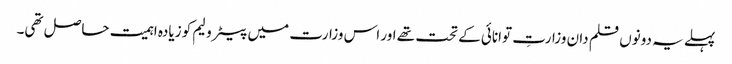
پہلے یہ دونوں قلم دان وزارتِ توانائی کے تحت تھے اور اس وزارت میں پیٹرولیم کو زیادہ اہمیت حاصل تھی۔